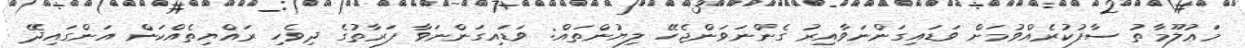
މަޢުލޫމާތު ސާފުކުރެއްވުމަށް ވަޑައިގަންނަވާއިރު ގެންނަވަންޖެހޭ ލިޔުންތައް: ވަޑައިގަންނަވާ ފަރާތުގެ ދިވެހި ރައްޔިތެއްކަން އަންގައިދޭ